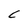
Character: C